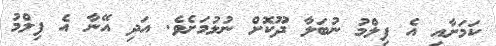
ކަމަށާއި އެ ފިލްމު ނުބަލާ ދޫކޮށް ނުލުމަށެވެ. އަދި އޭނާ އެ ފިލްމު